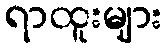
ရာထူးများ